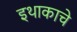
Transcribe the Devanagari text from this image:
इथाकाचे